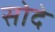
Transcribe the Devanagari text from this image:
सोदे